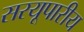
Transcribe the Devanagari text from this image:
सरयूपारीय